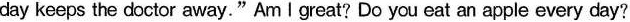
day keeps the doctor away."Am I great? Do you eat an apple every day?